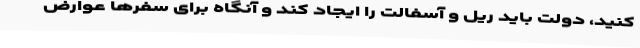
کنید، دولت باید ریل و آسفالت را ایجاد کند و آنگاه برای سفرها عوارض